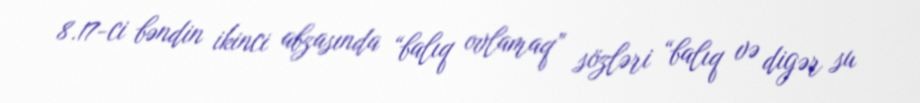
8.17-ci bəndin ikinci abzasında “balıq ovlamaq” sözləri “balıq və digər su